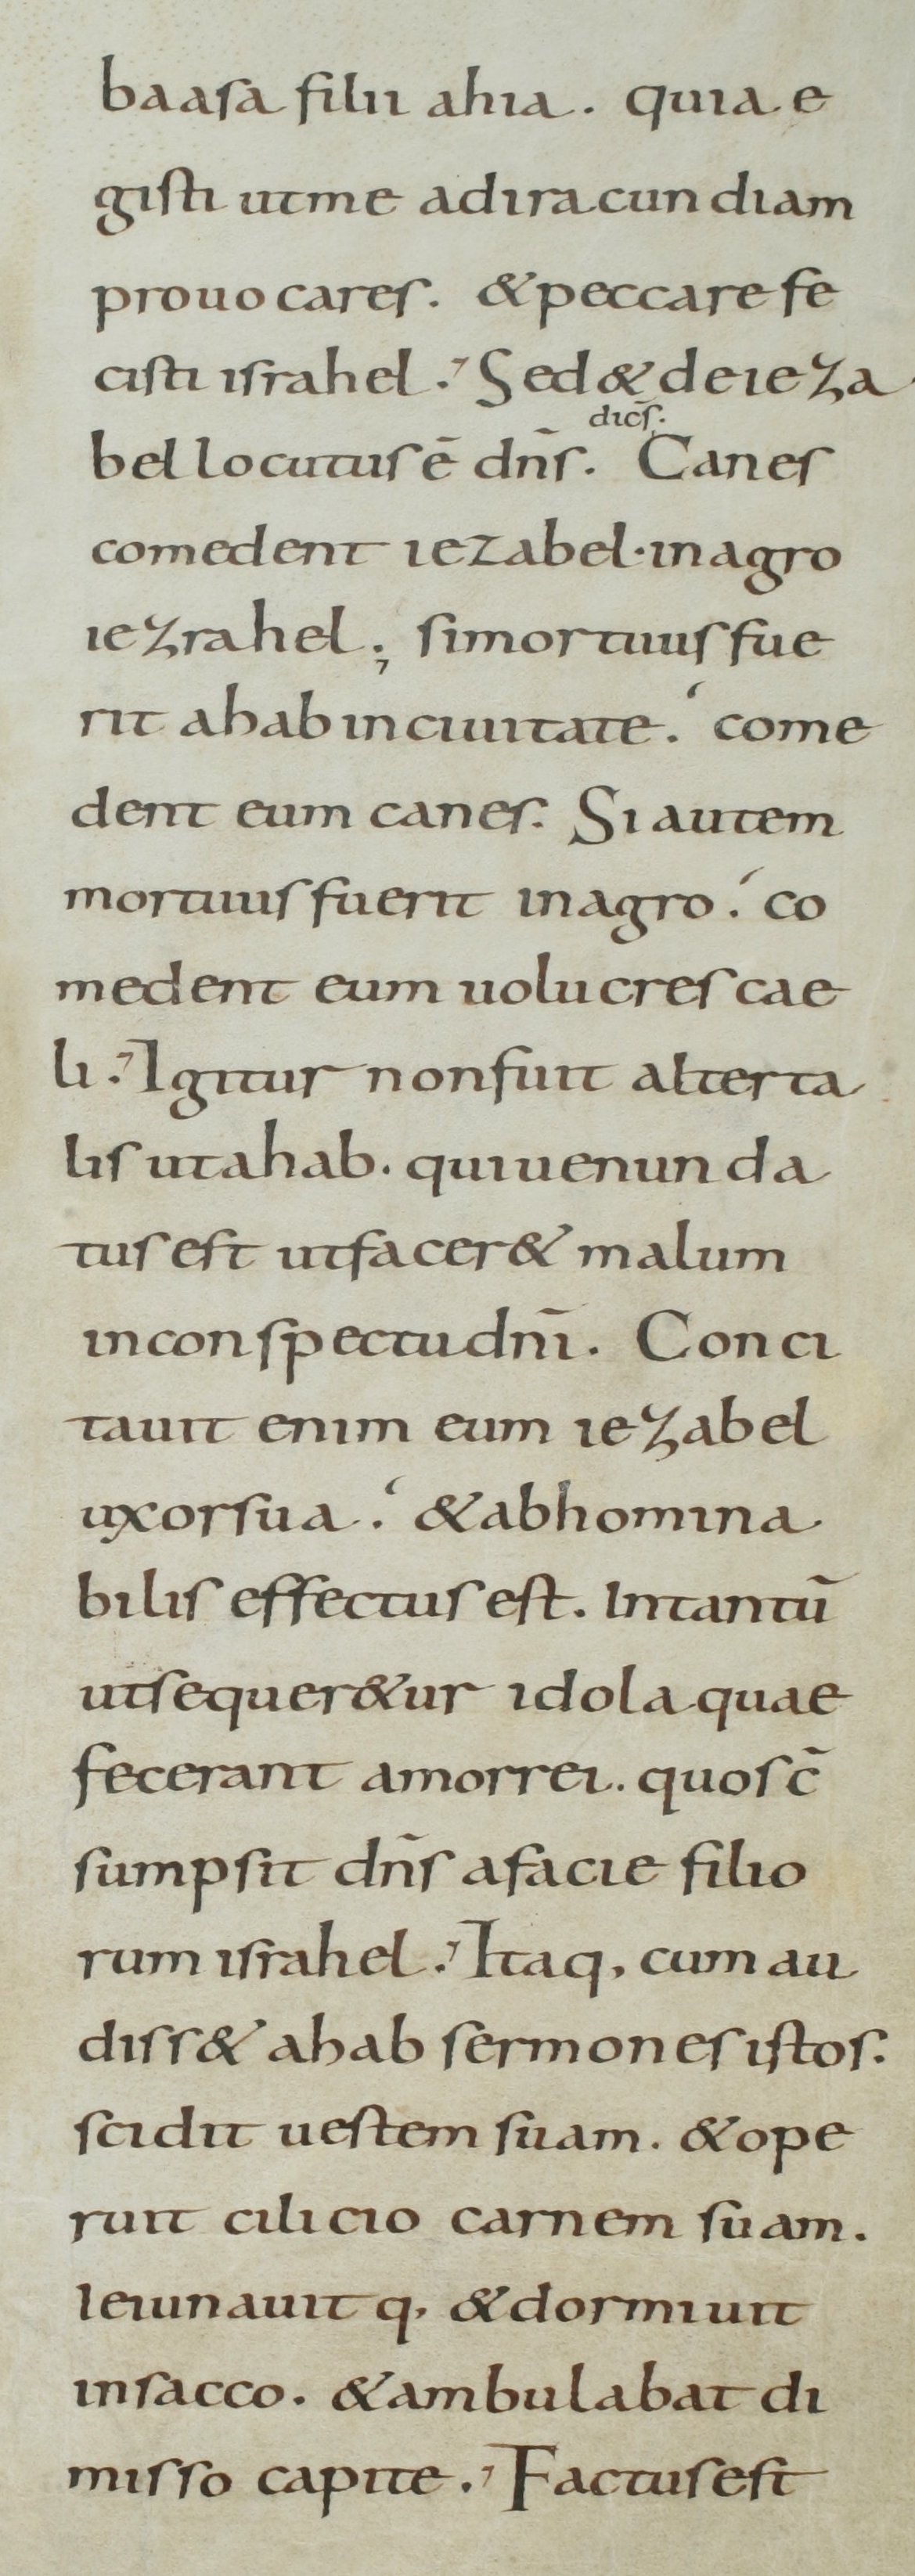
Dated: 800–899